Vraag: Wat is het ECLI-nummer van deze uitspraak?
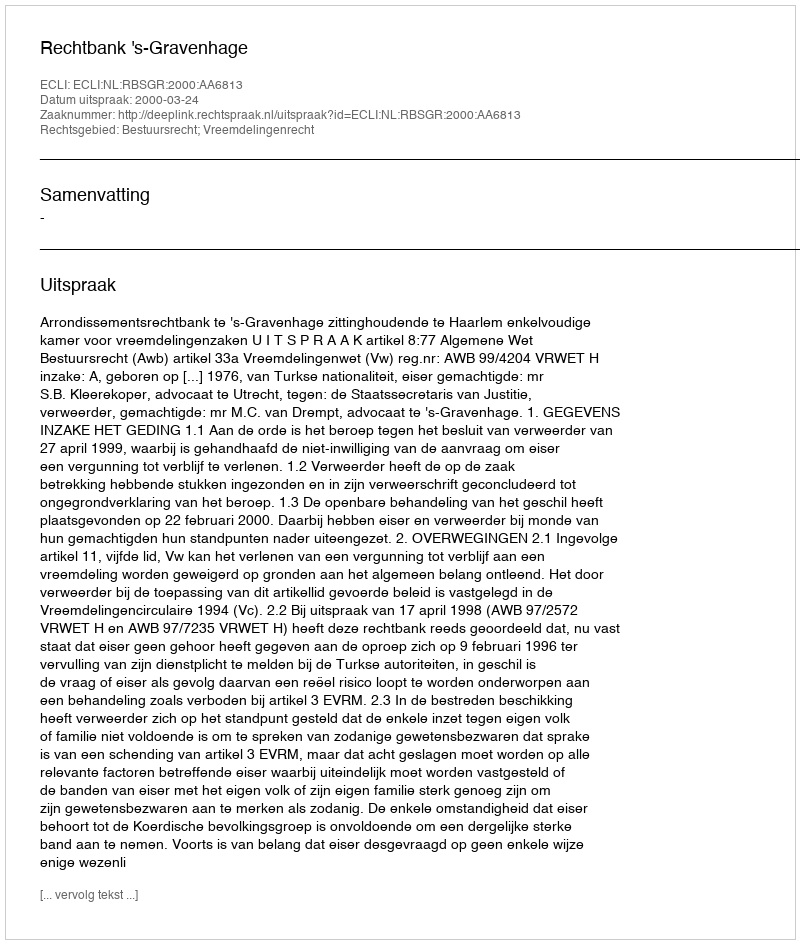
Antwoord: ECLI:NL:RBSGR:2000:AA6813